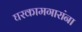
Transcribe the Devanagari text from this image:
घरकामगारांना